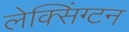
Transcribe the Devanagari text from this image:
लेक्सिंग्‍टन